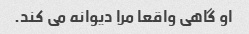
او گاهی واقعا مرا دیوانه می کند.